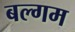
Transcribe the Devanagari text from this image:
बल्गम